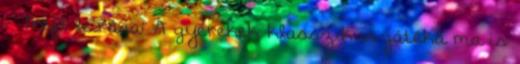
- Trefl leírása: A gyerekek klasszikus játéka ma is